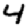
Digit: 4